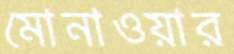
মোনাওয়ার